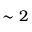
\sim 2